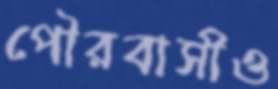
পৌরবাসীও